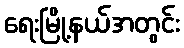
ရေးမြို့နယ်အတွင်း